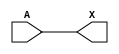
/*
 * Copyright 2020 The SkyWater PDK Authors
 *
 * Licensed under the Apache License, Version 2.0 (the "License");
 * you may not use this file except in compliance with the License.
 * You may obtain a copy of the License at
 *
 *     https://www.apache.org/licenses/LICENSE-2.0
 *
 * Unless required by applicable law or agreed to in writing, software
 * distributed under the License is distributed on an "AS IS" BASIS,
 * WITHOUT WARRANTIES OR CONDITIONS OF ANY KIND, either express or implied.
 * See the License for the specific language governing permissions and
 * limitations under the License.
 *
 * SPDX-License-Identifier: Apache-2.0
*/


`ifndef SKY130_FD_SC_HD__LPFLOW_CLKBUFKAPWR_BEHAVIORAL_V
`define SKY130_FD_SC_HD__LPFLOW_CLKBUFKAPWR_BEHAVIORAL_V

/**
 * lpflow_clkbufkapwr: Clock tree buffer on keep-alive power rail.
 *
 * Verilog simulation functional model.
 */

`timescale 1ns / 1ps
`default_nettype none

`celldefine
module sky130_fd_sc_hd__lpflow_clkbufkapwr (
    X,
    A
);

    // Module ports
    output X;
    input  A;

    // Module supplies
    supply1 KAPWR;
    supply1 VPWR ;
    supply0 VGND ;
    supply1 VPB  ;
    supply0 VNB  ;

    // Local signals
    wire buf0_out_X;

    //  Name  Output      Other arguments
    buf buf0 (buf0_out_X, A              );
    buf buf1 (X         , buf0_out_X     );

endmodule
`endcelldefine

`default_nettype wire
`endif  // SKY130_FD_SC_HD__LPFLOW_CLKBUFKAPWR_BEHAVIORAL_V